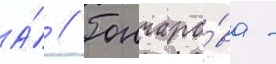
А́ // Гончаро́ва -